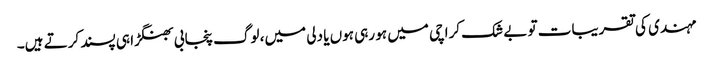
مہندی کی تقریبات تو بے شک کراچی میں ہو رہی ہوں یا دلی میں، لوگ پنجابی بھنگڑا ہی پسند کرتے ہیں۔